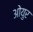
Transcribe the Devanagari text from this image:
ओयुर